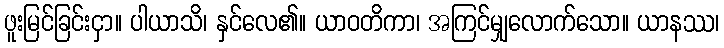
ဖူးမြင်ခြင်းငှာ။ ပါယာသိ၊ နှင်လေ၏။ ယာဝတိကာ၊ အကြင်မျှလောက်သော။ ယာနဿ၊